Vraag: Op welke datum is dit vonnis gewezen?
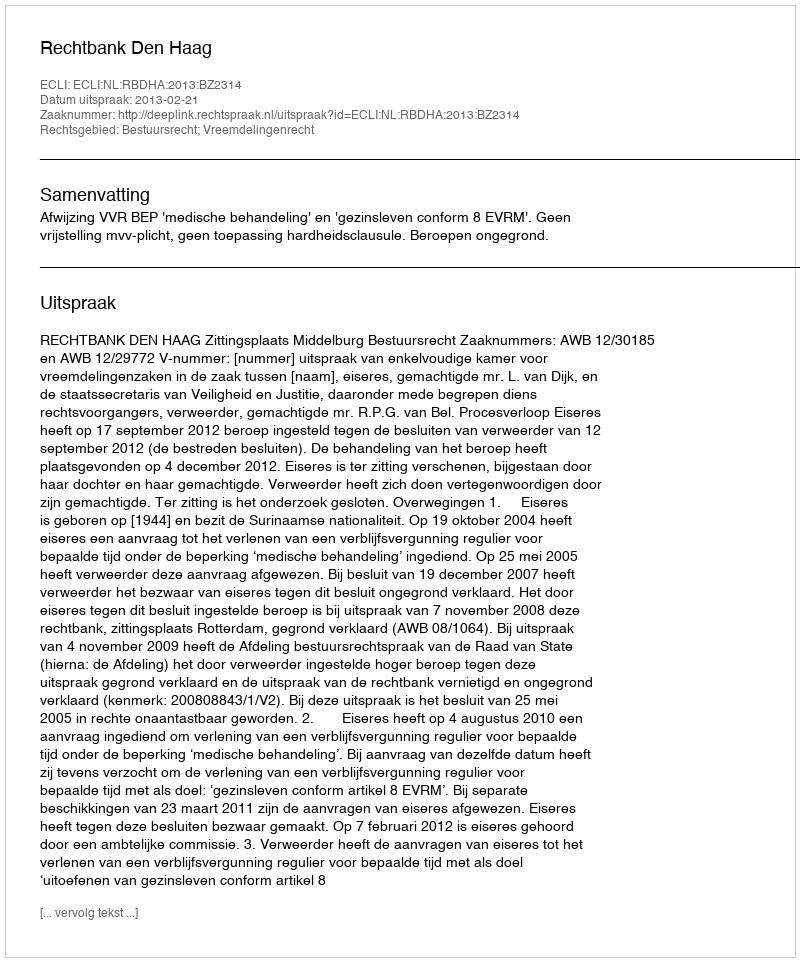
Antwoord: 2013-02-21